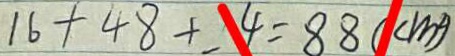
1 6 + 4 8 + 4 = 8 8 ( c m ^ { 2 } )